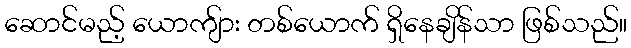
ဆောင်မည့် ယောကျ်ား တစ်ယောက် ရှိနေချိန်သာ ဖြစ်သည်။